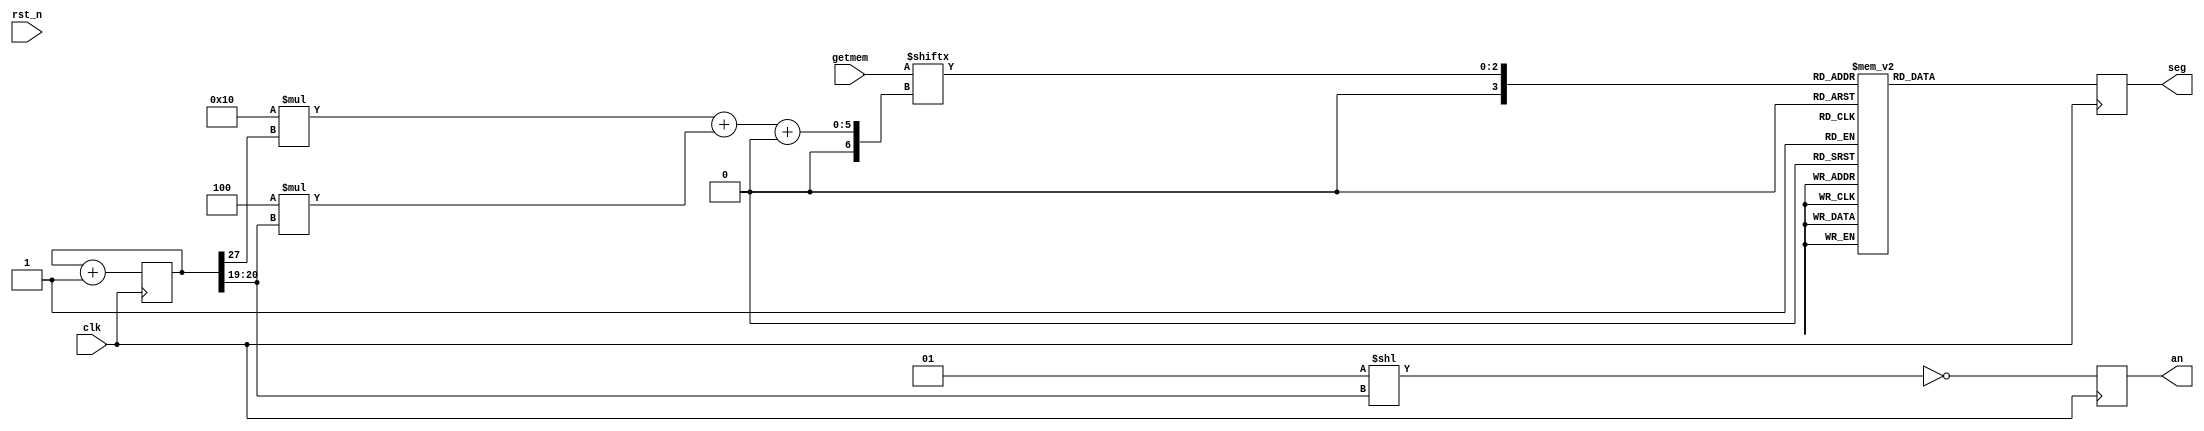
module lightseg(
    input clk,
    input rst_n,
    input [31:0] getmem,
    output reg [7:0] seg,
    output reg [3:0] an
);

wire [1:0]bit_disp;
reg [3:0] disp_data;
reg [32:0] clk_count;
wire [4:0] place;
wire word_disp;
assign place = 16 * word_disp + 4 * bit_disp;

assign bit_disp = clk_count[20:19];
assign word_disp = clk_count[27];

always@(posedge clk)
    clk_count <= clk_count + 1;

always@(posedge clk)
	an <= ~(1<<bit_disp);


always @*
begin
    disp_data = getmem[place+:3];
end

always@(posedge clk)
begin
	case(disp_data)
		4'h0: seg = 8'b0000_0011;
		4'h1: seg = 8'b1001_1111;
		4'h2: seg = 8'b0010_0101;
		4'h3: seg = 8'b0000_1101;
		4'h4: seg = 8'b1001_1001;
		4'h5: seg = 8'b0100_1001;
		4'h6: seg = 8'b0100_0001;
		4'h7: seg = 8'b0001_1111;
		4'h8: seg = 8'b0000_0001;
		4'h9: seg = 8'b0000_1001;
		4'd10: seg = 8'b0001_0001;
		4'd11: seg = 8'b1100_0001;
		4'd12: seg = 8'b0110_0011;
		4'd13: seg = 8'b1000_0101;
		4'd14: seg = 8'b0110_0001;
		4'd15: seg = 8'b0111_0001;
		default :
			seg = 8'hff;
	endcase
end


endmodule